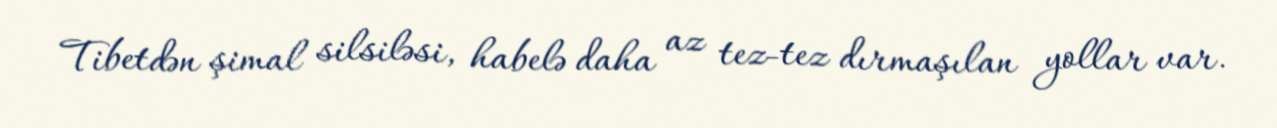
Tibetdən şimal silsiləsi, habelə daha az tez-tez dırmaşılan yollar var.